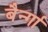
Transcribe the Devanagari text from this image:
बैर्न्गा